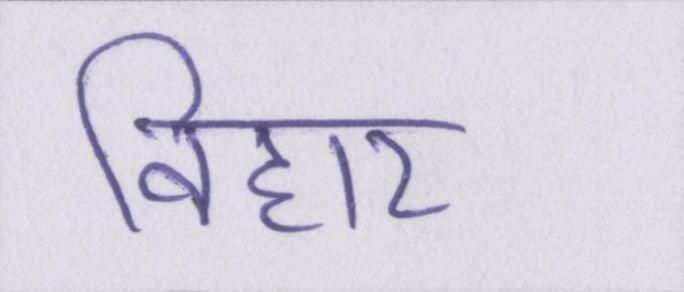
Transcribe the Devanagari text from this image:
विहार